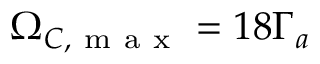
\Omega _ { C , \mathrm { ~ m ~ a ~ x ~ } } = 1 8 \Gamma _ { a }